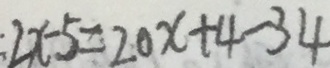
2 x - 5 = 2 0 x + 4 - 3 4